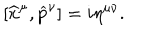
LaTeX: [ \widehat { x } ^ { \mu } , \widehat { p } ^ { \nu } ] = i \eta ^ { \mu \nu } .